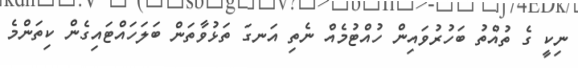
ނިކީ ގެ ތުއްތު ބަހުރުވައިން ހުއްޓުމެއް ނެތި އަނގަ ތަޅުވާތަން ބަލަހައްޓައިގެން ކިތަންމެ